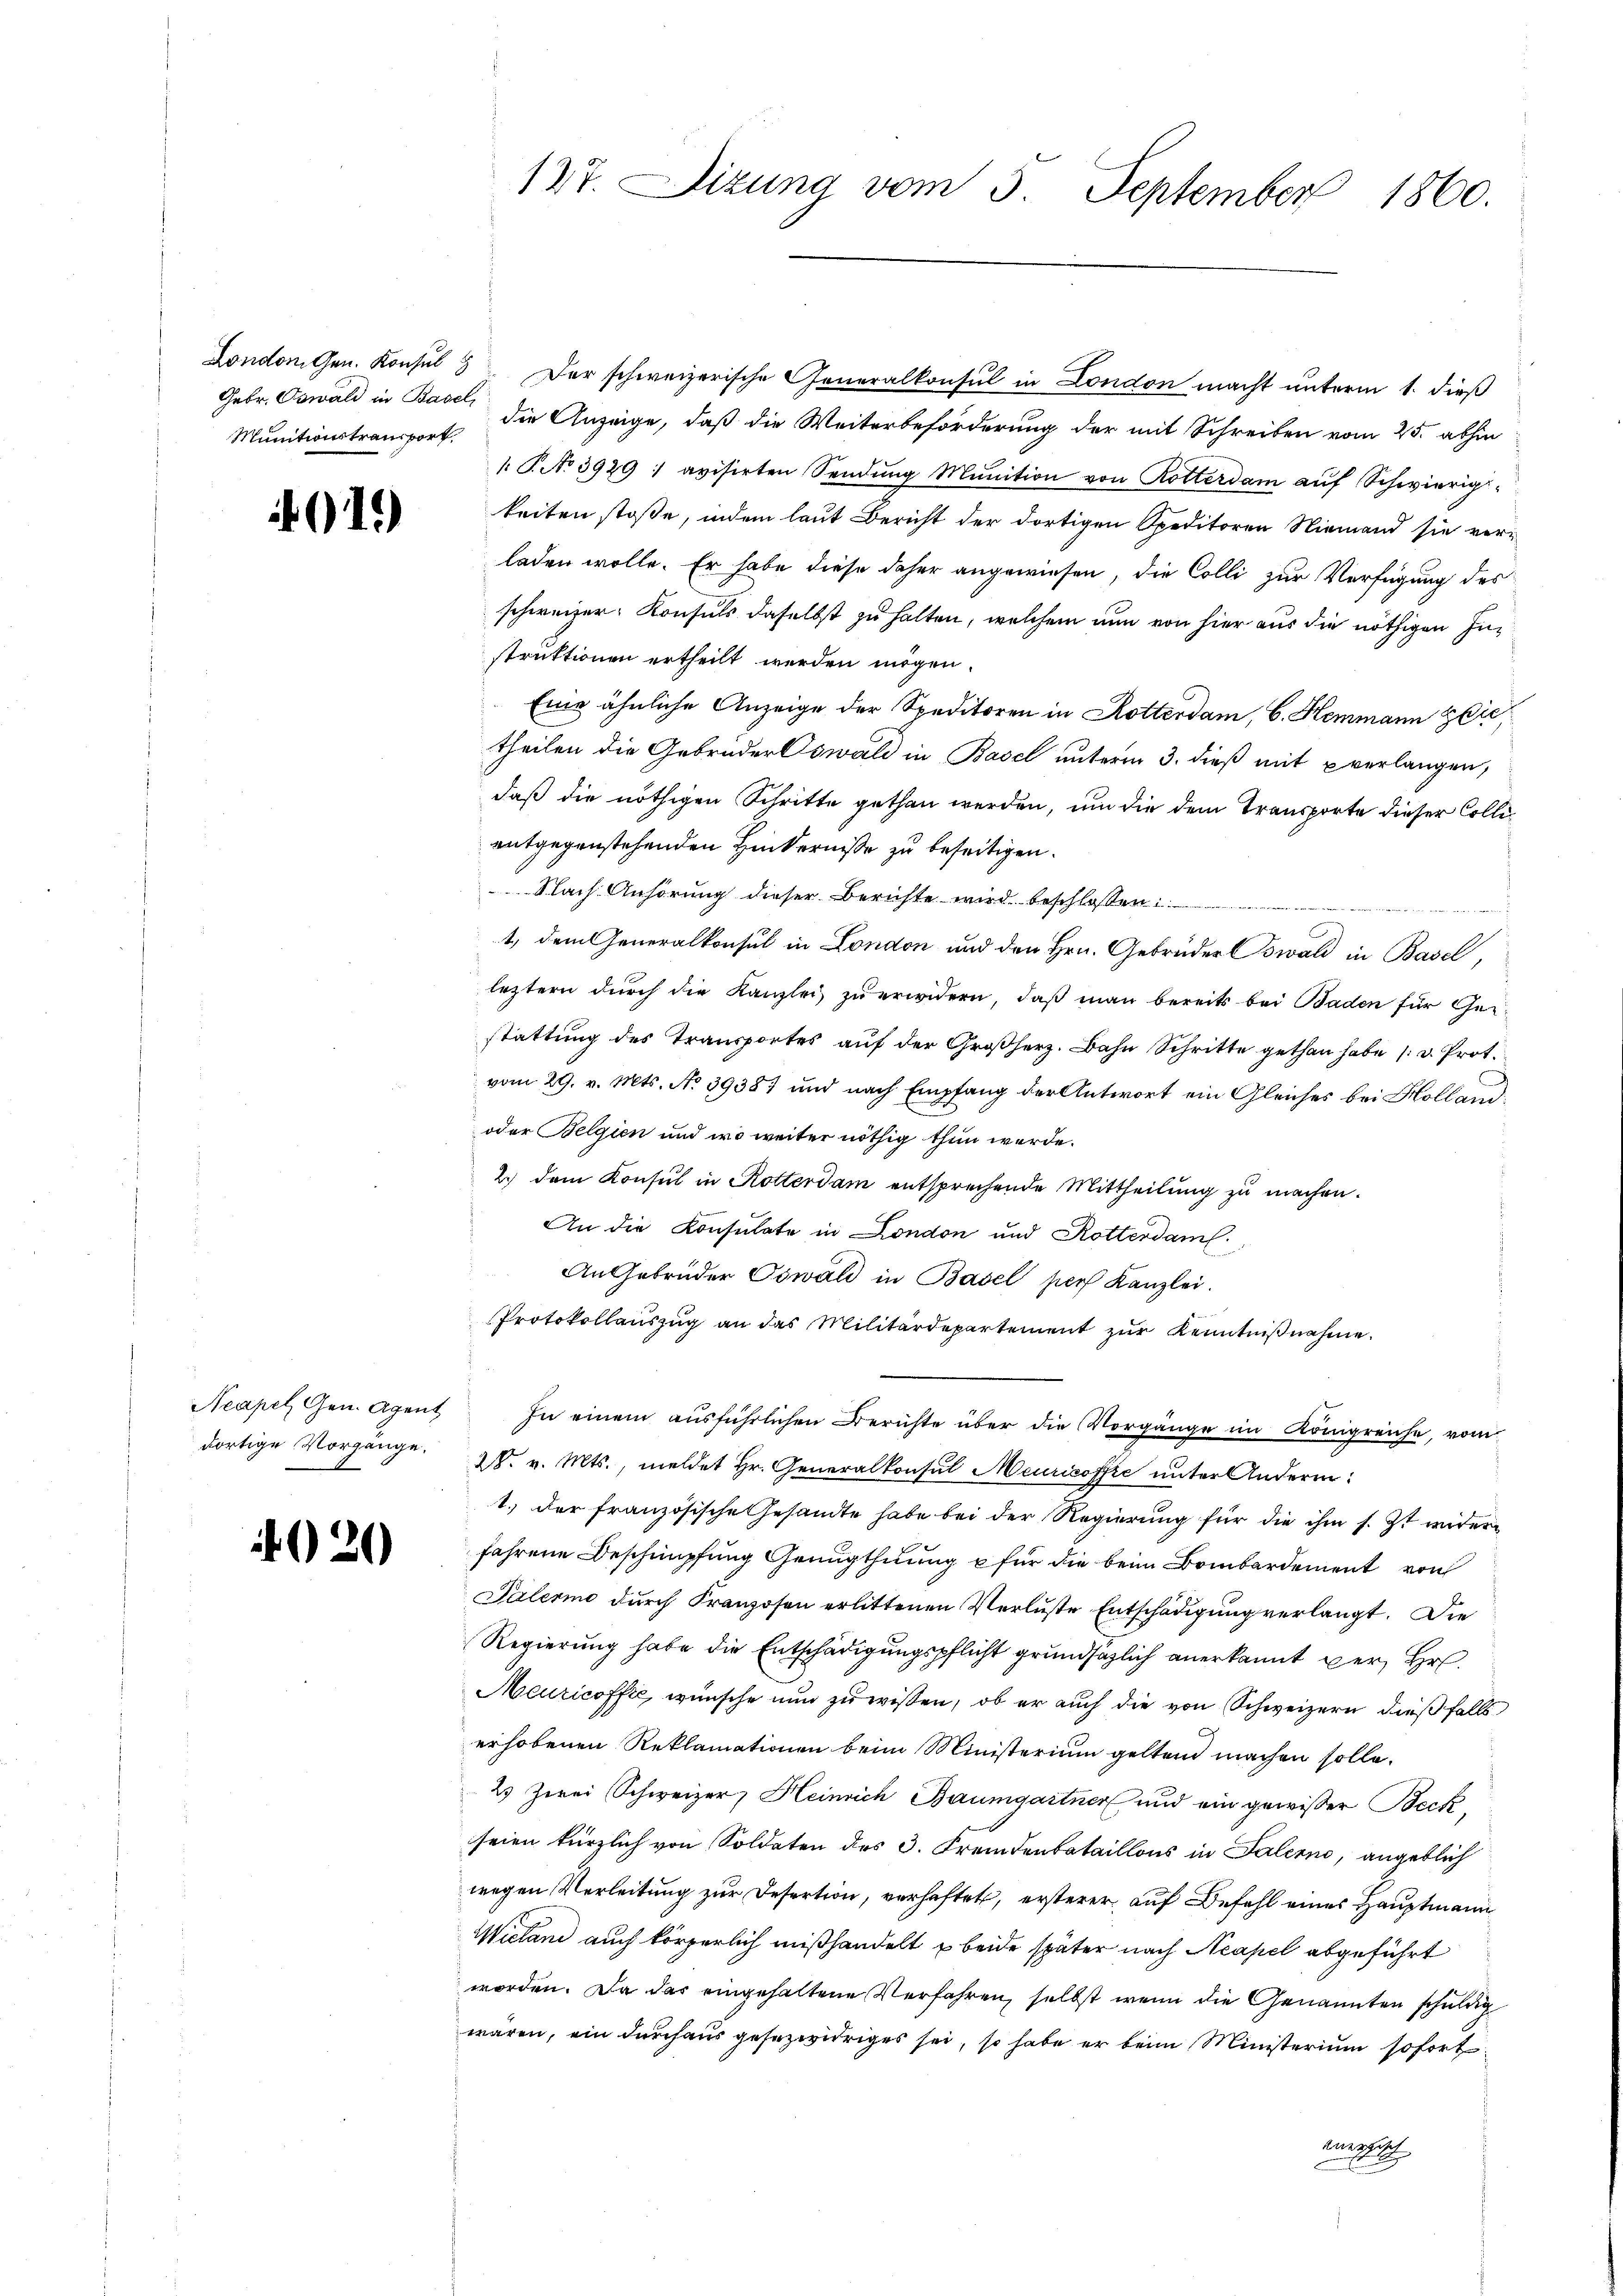
Gebr. Oswald in Basel,

19)

dortige Vorgänge.

)

)

127. Sizung vom 3. September 1860.

London Gen. Konsul 3 Der schweizerische Generalkonsul in London macht unterm 1. dieß
Munitionstransport die Anzeige, daß die Weiterbeförderung der mit Schreiben vom 25. abhin
 P. No 3929 : avisirten Sendŭng Munition von Rotterdam auf Schwierigkeiten stoße, indem laut Bericht der dortigen Speditoren Niemand sie verladen wolle. Er habe diese daher angewiesen, die Colli zur Verfügung des
schweizer Konsuls daselbst zu halten, welchem nun von hier aus die nöthigen Instruktionen ertheilt werden mögen.
Eine ähnliche Anzeige der Speditoren in Rotterdam, 6. Hemmann z
theilen die Gebrüder Oswald in Basel unterm 3. dieß mit verlangen,
daß die nöthigen Schritte gethan werden, um die dem Transporte dieser Collientgegenstehenden Hinterniße zu beseitigen.
Nach Anhörung dieser Berichte wird beschloßen:
C
1., dem Generalkonsul in London und den Hrn. Gebrüder Bswald in Basel,
leztern durch die Kanzlei zu erwidern, daß man bereits bei Baden für Gestattung des Transportes aŭf der Großherz. Bahn Schritte gethan habe 1 v. Prot.
vom 29. v. Mts. No 3938) und nach Empfang der Antwort ein Gleiches bei Kolland¬
oder Belgien und wo weiter nöthig thun werde.
2.) Dem Konsul in Rotterdam entsprechende Mittheilung zu machen.
An die Konsulate in London und Rotterdam
An Gebrüder Oswald in Basel pers Kanzlei.
Protokollauszug an das Militärdepartement zŭr Kenntnißnahme.
Neapel Gen. Agent. In einem aŭsführlichen Berichte über die Vorgänge im Königreiche, vom
28. v. Mts., meldet Hr. Generalkonsul Meuricoffe unter Anderm
1.) Der französische Gesandte habe bei der Regierung für die ihm s. Zt wider
fahrene Beschimpfung Genugthuung für die beim Bombardement von
Palermo durch Franzosen erlittenen Verluste Entschädigung verlangt. Die
Regierung habe die Entschädigungspflicht grundsätzlich anerkannt der Hr.
Meuricoffte, wünsche nun zu wissen, ob er auch die von Schweizern dießfalls
erhobenen Reklamationen beim Ministerium geltend machen solle.
2. Zwei Schweizer, Heinrich Baumgartner und ein gewisser Beck,
seien kürzlich von Soldaten des 3. Fremdenbataillons in Talerne, angeblich
wegen Verleitung zur Desertion, verhaftet, ersterer auf Befehl eines Hauptmann
Wieland auch körperlich mißhandelt u beide später nach Neapel abgeführt
worden. Da das eingehaltene Verfahren, selbst wenn die Genannten schuldig
wären, ein durchaus gesezwidriges sei, so habe er beim Ministerium sofort
möglich